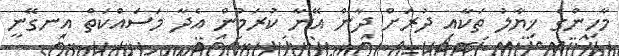
މާހިންގެ ޚިޔާލު ތަކާއި ދުރަށް ދާން އޭނާ ކުރަމުން އެދާ މަސައްކަތް އިނގޭނީ